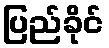
ပြည်ခိုင်